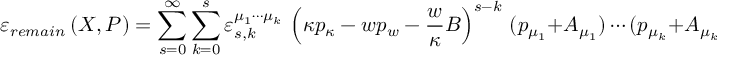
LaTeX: \varepsilon _ { r e m a i n } \left( X , P \right) = \sum _ { s = 0 } ^ { \infty } \sum _ { k = 0 } ^ { s } \varepsilon _ { s , k } ^ { \mu _ { 1 } \cdots \mu _ { k } } \, \left( \kappa p _ { \kappa } - w p _ { w } - \frac { w } { \kappa } B \right) ^ { s - k } \, ( p _ { \mu _ { 1 } } + A _ { \mu _ { 1 } } ) \cdots ( p _ { \mu _ { k } } + A _ { \mu _ { k } } ) .